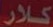
كلار